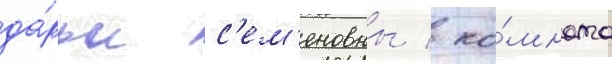
да́рьи с'ем'еновны / ко́мната